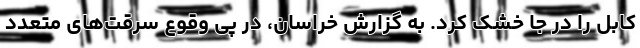
کابل را در جا خشک کرد. به گزارش خراسان، در پی وقوع سرقت‌های متعدد